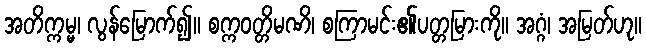
အတိက္ကမ္မ၊ လွန်မြောက်၍။ စက္ကဝတ္တိမဏိ၊ စကြာမင်း၏ပတ္တမြားကို။ အဂ္ဂံ၊ အမြတ်ဟု။